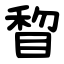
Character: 睝